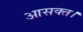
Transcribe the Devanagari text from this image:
आसक्त।